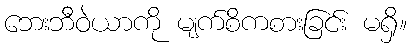
ဘေးဘီဝဲယာကို မျက်စိကစားခြင်း မရှိ။